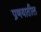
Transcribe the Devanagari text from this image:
प्रणयातील